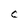
Character: C